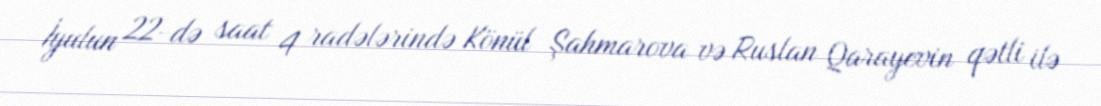
İyulun 22-də saat 4 radələrində Könül Şahmarova və Ruslan Qarayevin qətli ilə